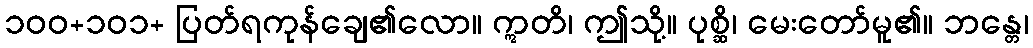
၁၀၀+၁၀၁+ ပြတ်ရကုန်ချေ၏လော။ ဣတိ၊ ဤသို့။ ပုစ္ဆိ၊ မေးတော်မူ၏။ ဘန္တေ၊